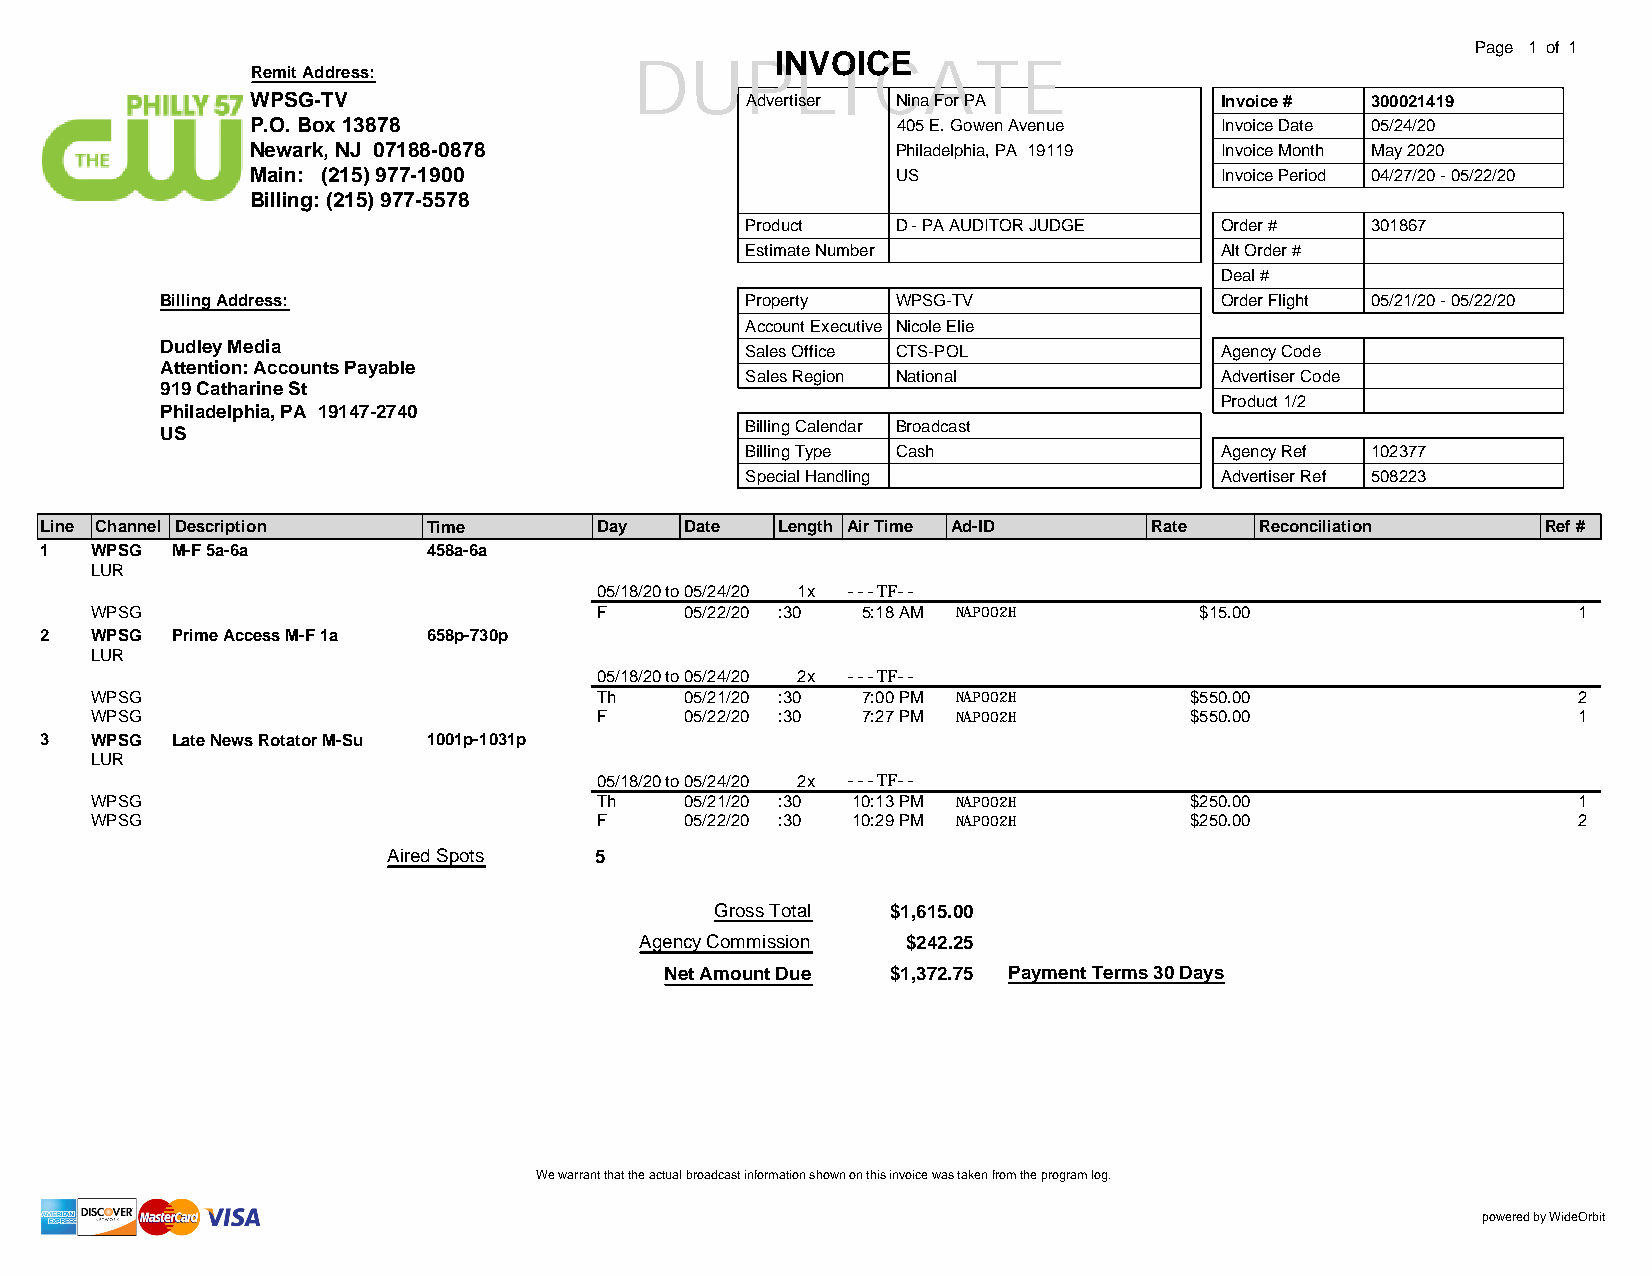
Page 1 of 1
 INVOICE
 DUPLICATE
 Remit Address:
 WPSG-TV                         Advertiser Nina For PA          Invoice # 300021419
 P.O. Box 13878                            405 E. Gowen Avenue   Invoice Date 05/24/20
 Newark, NJ 07188-0878                     Philadelphia, PA 19119 Invoice Month May 2020
 Main: (215) 977-1900                      US                    Invoice Period 04/27/20 - 05/22/20
 Billing: (215) 977-5578
 Product   D - PA AUDITOR JUDGE  Order #   301867
 Estimate Number                 Alt Order #
 Deal #
 Billing Address:                      Property  WPSG-TV               Order Flight 05/21/20 - 05/22/20
 Account Executive Nicole Elie
 Dudley Media                          Sales Office CTS-POL            Agency Code
 Attention: Accounts Payable
 Sales Region National           Advertiser Code
 919 Catharine St
 Product 1/2
 Philadelphia, PA 19147-2740
 Billing Calendar Broadcast
 US
 Billing Type Cash               Agency Ref 102377
 Special Handling                Advertiser Ref 508223
 Line Channel Description Time       Day   Date  Length Air Time Ad-ID    Rate   Reconciliation     Ref #
 1  WPSG M-F 5a-6a        458a-6a
 LUR
 05/18/20to05/24/20 1x ---TF--
 WPSG                             F     05/22/20 :30 5:18 AM NAP002H      $15.00                   1
 2  WPSG Prime Access M-F 1a 658p-730p
 LUR
 05/18/20to05/24/20 2x ---TF--
 WPSG                             Th    05/21/20 :30 7:00 PM NAP002H      $550.00                  2
 WPSG                             F     05/22/20 :30 7:27 PM NAP002H      $550.00                  1
 3  WPSG Late News Rotator M-Su 1001p-1031p
 LUR
 05/18/20to05/24/20 2x ---TF--
 WPSG                             Th    05/21/20 :30 10:13 PM NAP002H     $250.00                  1
 WPSG                             F     05/22/20 :30 10:29 PM NAP002H     $250.00                  2
 Aired Spots  5
 Gross Total $1,615.00
 Agency Commission $242.25
 Net Amount Due $1,372.75 Payment Terms 30 Days
 We warrant that the actual broadcast information shown on this invoice was taken from the program log.
 powered by WideOrbit